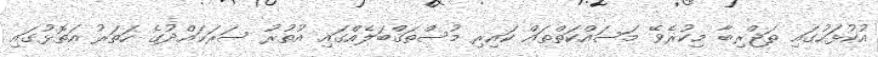
އުކުޅަހުގައި ތަޖްރިބާ މިކުރެވޭ މަސައްކަތްތައް ކައިރި މުސްތަޤްބަލެއްގައި އުތުރު ސަރަޙައްދުގެ ހަތަރު އަތޮޅުގައި